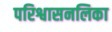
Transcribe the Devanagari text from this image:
परिश्वासनलिका